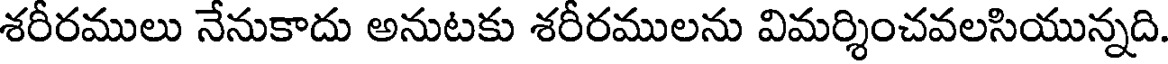
శరీరములు నేనుకాదు అనుటకు శరీరములను విమర్శించవలసియున్నది